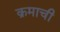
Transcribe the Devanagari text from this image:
क्रमाची